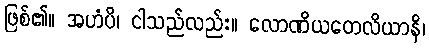
ဖြစ်၏။ အဟံပိ၊ ငါသည်လည်း။ လောဏိယတေလိယာနိ၊